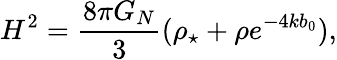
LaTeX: H^{2}=\frac{8\pi G_{N}}{3}(\rho_{\star}+\rho e^{-4kb_{0}}),